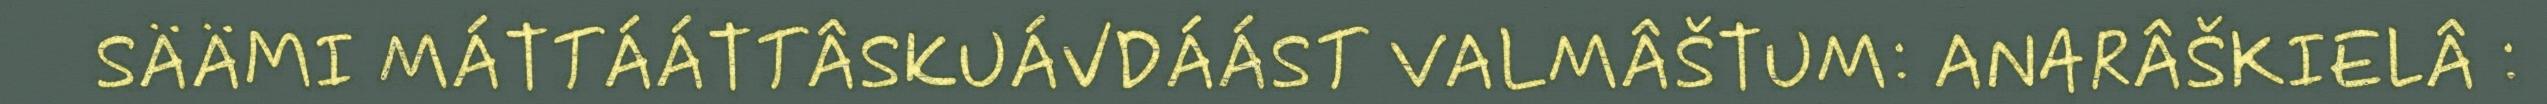
SÄÄMI MÁTTÁÁTTÂSKUÁVDÁÁST VALMÂŠTUM: ANARÂŠKIELÂ :